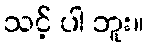
သင့် ပါ ဘူး။